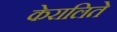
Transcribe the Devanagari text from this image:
केरालिते